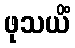
ဖုသယိံ